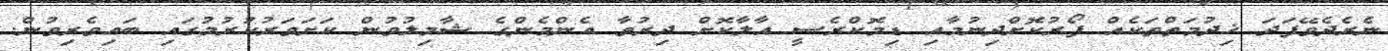
ނެރެދެވޭފަދަ ޚިދުމަތްތަކެއް ފޯރުކޮށްދިނުމާއި ޑިމޮކްރެސީ އާލާކޮށް ދިރުވާ އެންމެންގެ ޝާމިލުވުން ކަށަވަރުކުރުމުގައި ބައިވެރިވުން.